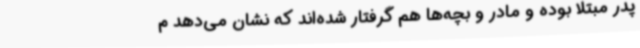
پدر مبتلا بوده و مادر و بچه‌ها هم گرفتار شده‌اند که نشان می‌دهد م